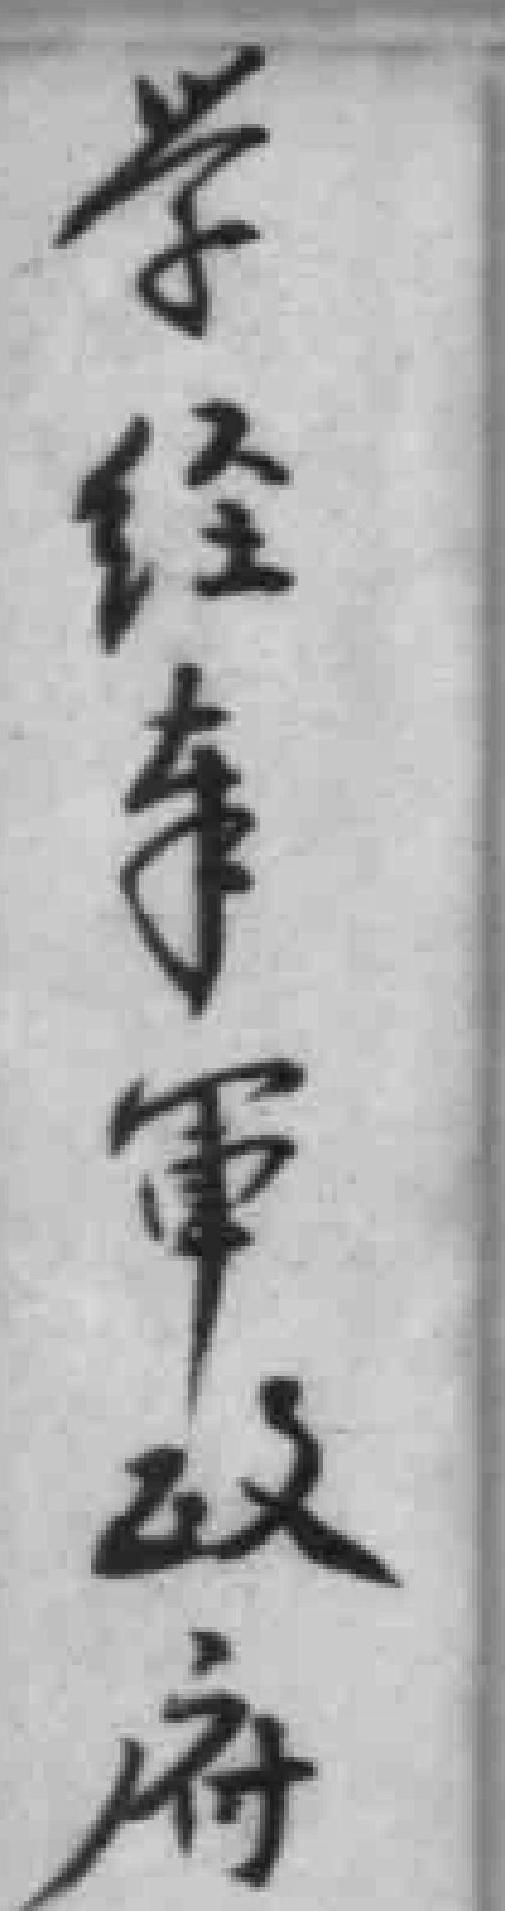
学经*軍政府